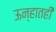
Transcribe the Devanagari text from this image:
ऊन्हातही